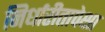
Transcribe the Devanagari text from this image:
निर्धारीतापेक्षा